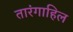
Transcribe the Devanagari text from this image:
तारंगाहिल